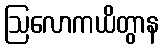
ဩလောကယိတွာန